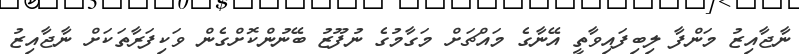
ނާޖާއިޒު މަންފާ ލިބިފައިވާތީ އޭނާގެ މައްޗަށް މަގާމުގެ ނުފޫޒު ބޭނުންކޮށްގެން ވަކިފަރާތަކަށް ނާޖާއިޒު